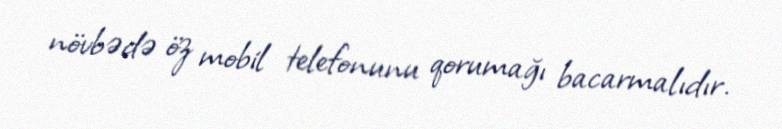
növbədə öz mobil telefonunu qorumağı bacarmalıdır.